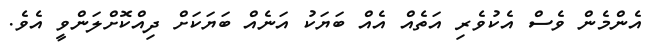
އެންމެން ވެސް އެކުވެރި އަތެއް އެއް ބަޔަކު އަނެއް ބަޔަކަށް ދިއްކޮށްލަންވީ އެވެ.